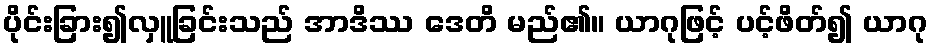
ပိုင်းခြား၍လှူခြင်းသည် အာဒိဿ ဒေတိ မည်၏။ ယာဂုဖြင့် ပင့်ဖိတ်၍ ယာဂု